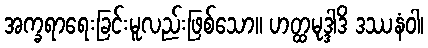
အက္ခရာရေးခြင်းမူလည်းဖြစ်သော။ ဟတ္ထမုဒ္ဒါဒိ ဒဿနံဝါ၊